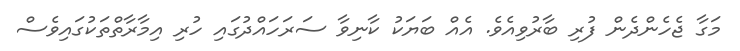
މަގާ ޖެހެންދެން ފުރި ބާރުވިއެވެ. އެއް ބަޔަކު ކާނިވާ ސަރަހައްދުގައި ހުރި އިމާރާތްތަކުގައިވެސް